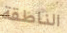
الناطقة